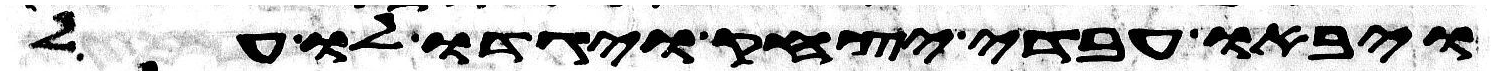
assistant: ויבאו עבדי יצחק ויגדו לו על